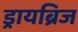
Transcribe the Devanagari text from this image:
ड्रायब्रिज